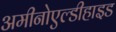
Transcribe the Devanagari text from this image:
अमीनोएल्डीहाइड